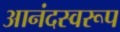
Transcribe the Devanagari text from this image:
आनंदस्वरूप